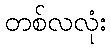
တစ်လလုံး